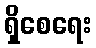
ရှိစေရေး